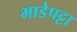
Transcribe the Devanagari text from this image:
भाडेपट्टा